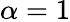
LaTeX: \alpha=1